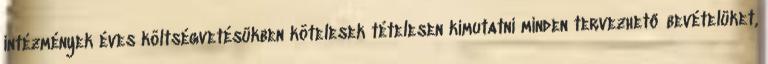
intézmények éves költségvetésükben kötelesek tételesen kimutatni minden tervezhető bevételüket,